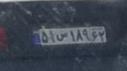
۵۱س۱۸۹۶۲